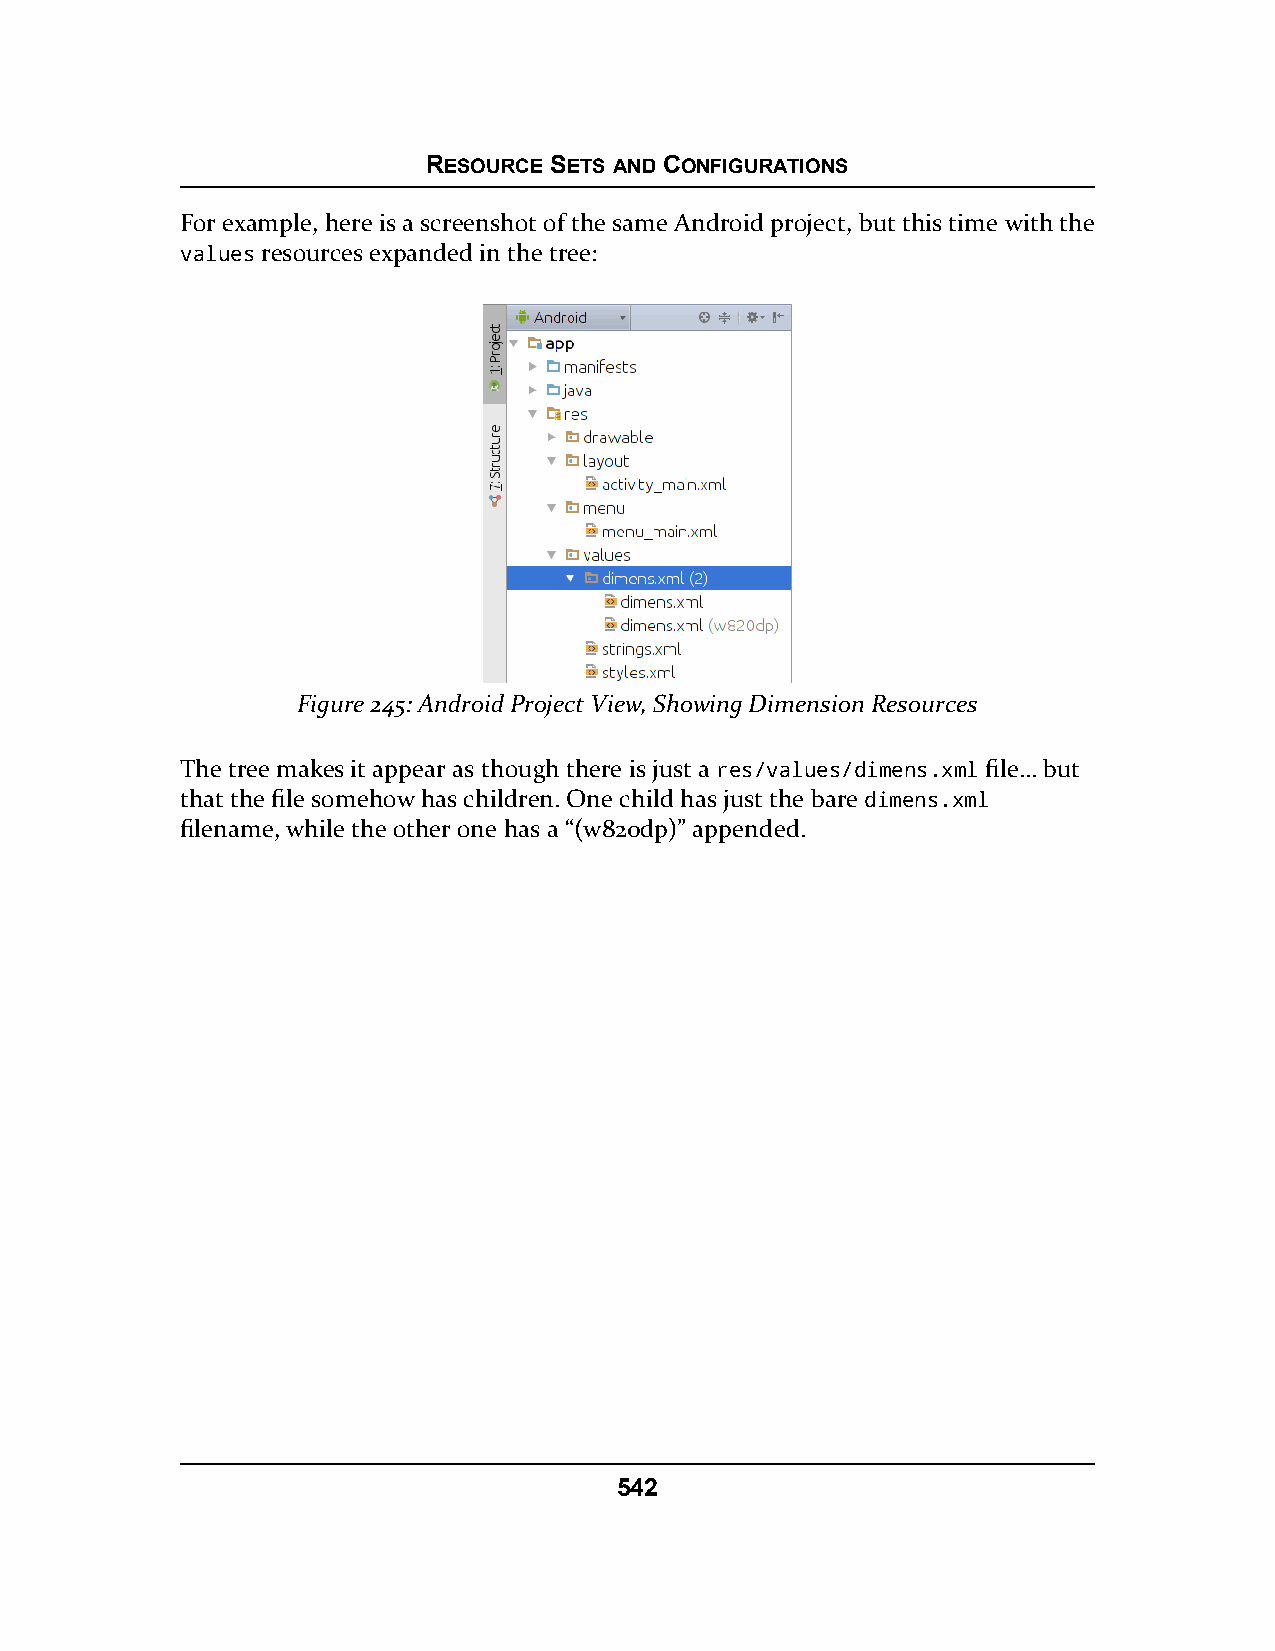
RESOURCE SETS AND CONFIGURATIONS
 For example, here is a screenshot of the same Android project, but this time with the
 values resources expanded in the tree:
 Figure 245: Android Project View, Showing Dimension Resources
 The tree makes it appear as though there is just a res/values/dimens.xml file… but
 that the file somehow has children. One child has just the bare dimens.xml
 filename, while the other one has a “(w820dp)” appended.
 542